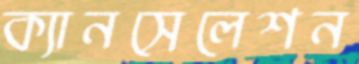
ক্যানসেলেশন